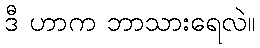
ဒီ ဟာက ဘာသားရေလဲ။